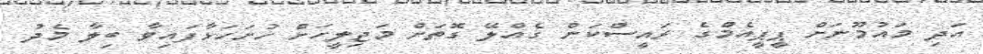
އަދި މައުމޫނަށް ޕީޕީއެމްގެ ރައީސްކަން ގެއްލޭ ގޮތަށް މަޖިލީހަށް ހުށަހަޅާފައިވާ ބިލާ މެދު